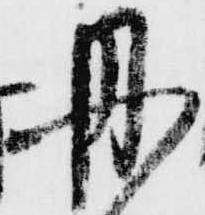
丹